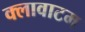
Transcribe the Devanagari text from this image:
क्लावाटम